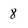
Character: 8